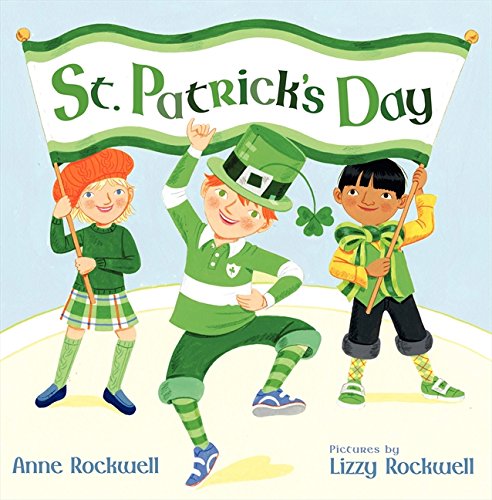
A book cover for St. Patrick's Day; Anne Rockwell; Children's Books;